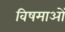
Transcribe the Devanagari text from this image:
विषमाओं